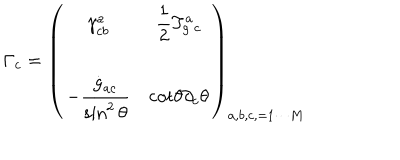
LaTeX: \Gamma _ { c } = \left( \begin{array} { c c c } { { \displaystyle { \gamma _ { c b } ^ { a } } } } & { { \displaystyle { { \frac { 1 } { 2 } T _ { g } ^ { a } { _ c } } } } } \\ { { \displaystyle { - \frac { { \dot { g } } _ { a c } } { \sin ^ { 2 } \theta } } } } & { { \displaystyle { \mathrm { c o t } \theta \partial _ { c } \theta } } } \\ \end{array} \right) _ { a , b , c , = 1 \cdots M }